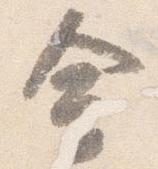
金